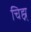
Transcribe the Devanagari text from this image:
चिह्न्